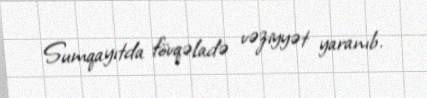
Sumqayıtda fövqəladə vəziyyət yaranıb.